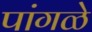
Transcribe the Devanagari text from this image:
पांगळे